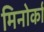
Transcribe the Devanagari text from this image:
मिनोर्का